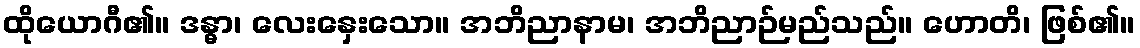
ထိုယောဂီ၏။ ဒန္ဓာ၊ လေးနှေးသော။ အဘိညာနာမ၊ အဘိညာဉ်မည်သည်။ ဟောတိ၊ ဖြစ်၏။